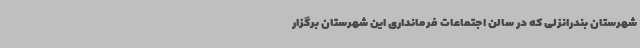
شهرستان بندرانزلی که در سالن اجتماعات فرمانداری این شهرستان برگزار